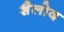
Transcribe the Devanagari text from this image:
शैलोद